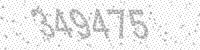
Solution: 349475